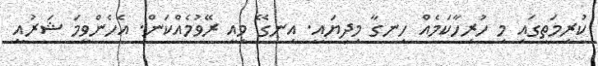
ކުރިމަތީގައި މި ހުރިހާކަމެއް ހިނގާ މިދިޔައީ. އިނގޭ މިއީ ރޭވުމެއްކަން. އެހެންވީމަ ޝަރުއީ